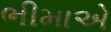
ભીમાએ